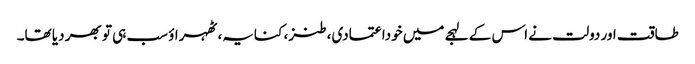
طاقت اور دولت نے اس کے لہجے میں خوداعتمادی، طنز، کنایہ، ٹھہراؤ سب ہی تو بھر دیا تھا۔